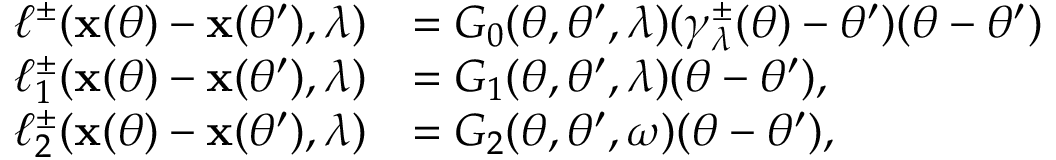
\begin{array} { r l } { \ell ^ { \pm } ( \mathbf x ( \theta ) - \mathbf x ( \theta ^ { \prime } ) , \lambda ) } & { = G _ { 0 } ( \theta , \theta ^ { \prime } , \lambda ) ( \gamma _ { \lambda } ^ { \pm } ( \theta ) - \theta ^ { \prime } ) ( \theta - \theta ^ { \prime } ) } \\ { \ell _ { 1 } ^ { \pm } ( \mathbf x ( \theta ) - \mathbf x ( \theta ^ { \prime } ) , \lambda ) } & { = G _ { 1 } ( \theta , \theta ^ { \prime } , \lambda ) ( \theta - \theta ^ { \prime } ) , } \\ { \ell _ { 2 } ^ { \pm } ( \mathbf x ( \theta ) - \mathbf x ( \theta ^ { \prime } ) , \lambda ) } & { = G _ { 2 } ( \theta , \theta ^ { \prime } , \omega ) ( \theta - \theta ^ { \prime } ) , } \end{array}